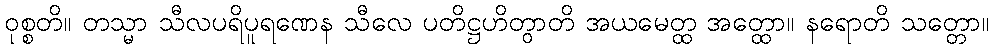
ဝုစ္စတိ။ တသ္မာ သီလပရိပူရဏေန သီလေ ပတိဋ္ဌဟိတွာတိ အယမေတ္ထ အတ္ထော။ နရောတိ သတ္တော။